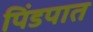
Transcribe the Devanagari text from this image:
पिंडपात